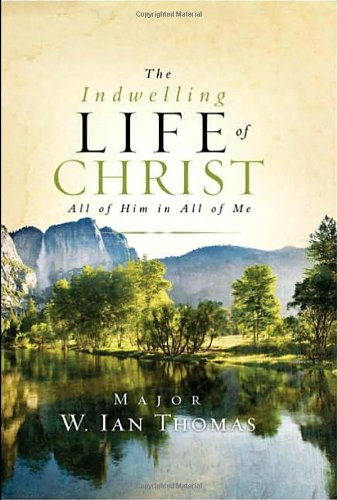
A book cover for The Indwelling Life of Christ: All of Him in All of Me; Major Ian Thomas; Christian Books & Bibles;